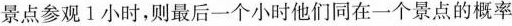
景点参观1小时，则最后一个小时他们同在一个景点的概率